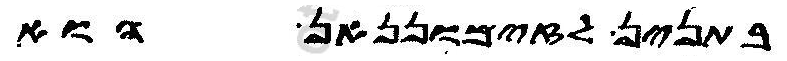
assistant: בתנין לזימוננאן הוא